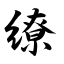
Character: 缭